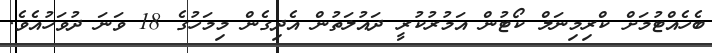
ބެހެއްޓުމަށް ކްރިމިނަލް ކޯޓުން އަމުރުކުރީ ދައުލަތުން އެދިގެން މިމަހުގެ 18 ވަނަ ދުވަހުއެވެ.